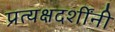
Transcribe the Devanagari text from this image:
प्रत्यक्षदर्शींनी